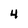
Character: 4